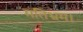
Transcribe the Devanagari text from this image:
मतिभ्रम।